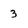
Character: 3